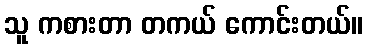
သူ ကစားတာ တကယ် ကောင်းတယ်။